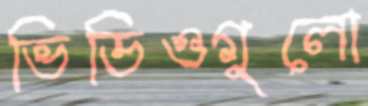
ভিডিওগুলো